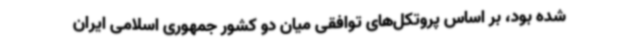
شده بود، بر اساس پروتکل‌های توافقی میان دو کشور جمهوری اسلامی ایران